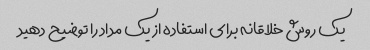
یک روش خلاقانه برای استفاده از یک مداد را توضیح دهید